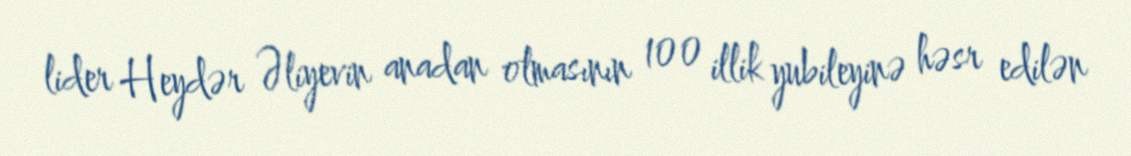
lider Heydər Əliyevin anadan olmasının 100 illik yubileyinə həsr edilən